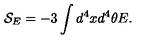
{ \mathcal { S } } _ { E } = - 3 \int { d ^ { 4 } x d ^ { 4 } \theta E } .